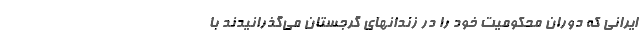
ایرانی که دوران محکومیت خود را در زندانهای گرجستان می‌گذرانیدند با